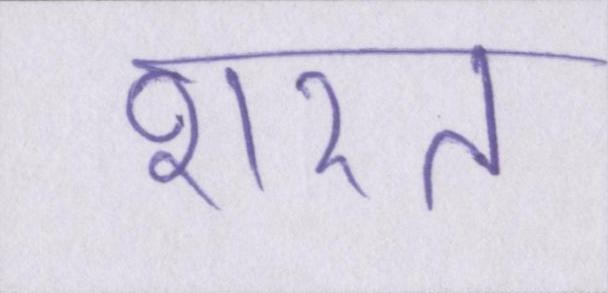
शरत